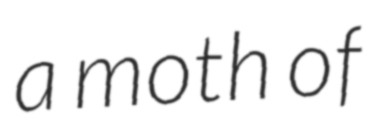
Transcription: a moth of